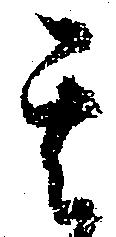
其